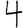
Digit: 4